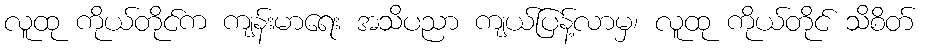
လူထု ကိုယ်တိုင်က ကျန်းမာရေး အသိပညာ ကျယ်ပြန့်လာမှ၊ လူထု ကိုယ်တိုင် သိစိတ်